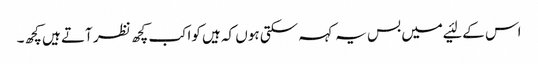
اس کے لئیے میں بس یہ کہہ سکتی ہوں کہ ہیں کواکب کچھ نظر آتے ہیں کچھ۔